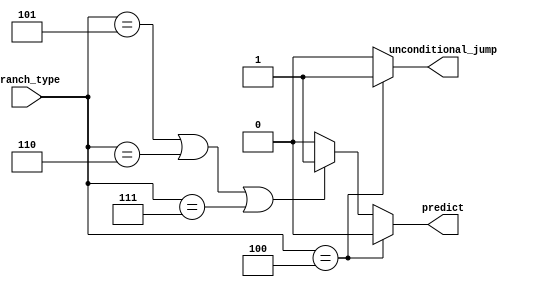
module predictor_predict_enable_control (	input [2:0] branch_type,
														output reg predict,
														output reg unconditional_jump);
														
	always begin
		if (branch_type == 3'b100) begin
			unconditional_jump <= 1;
			predict <= 0;
		end else if (branch_type[2:0] == 3'b101 || branch_type == 3'b110 || branch_type == 3'b111) begin
			unconditional_jump <= 0;
			predict <= 1;
		end else begin
			unconditional_jump <= 0;
			predict <= 0;
		end
	end
endmodule